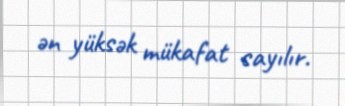
ən yüksək mükafat sayılır.